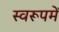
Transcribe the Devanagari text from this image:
स्वरूपमें